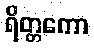
ရိတ္တကော